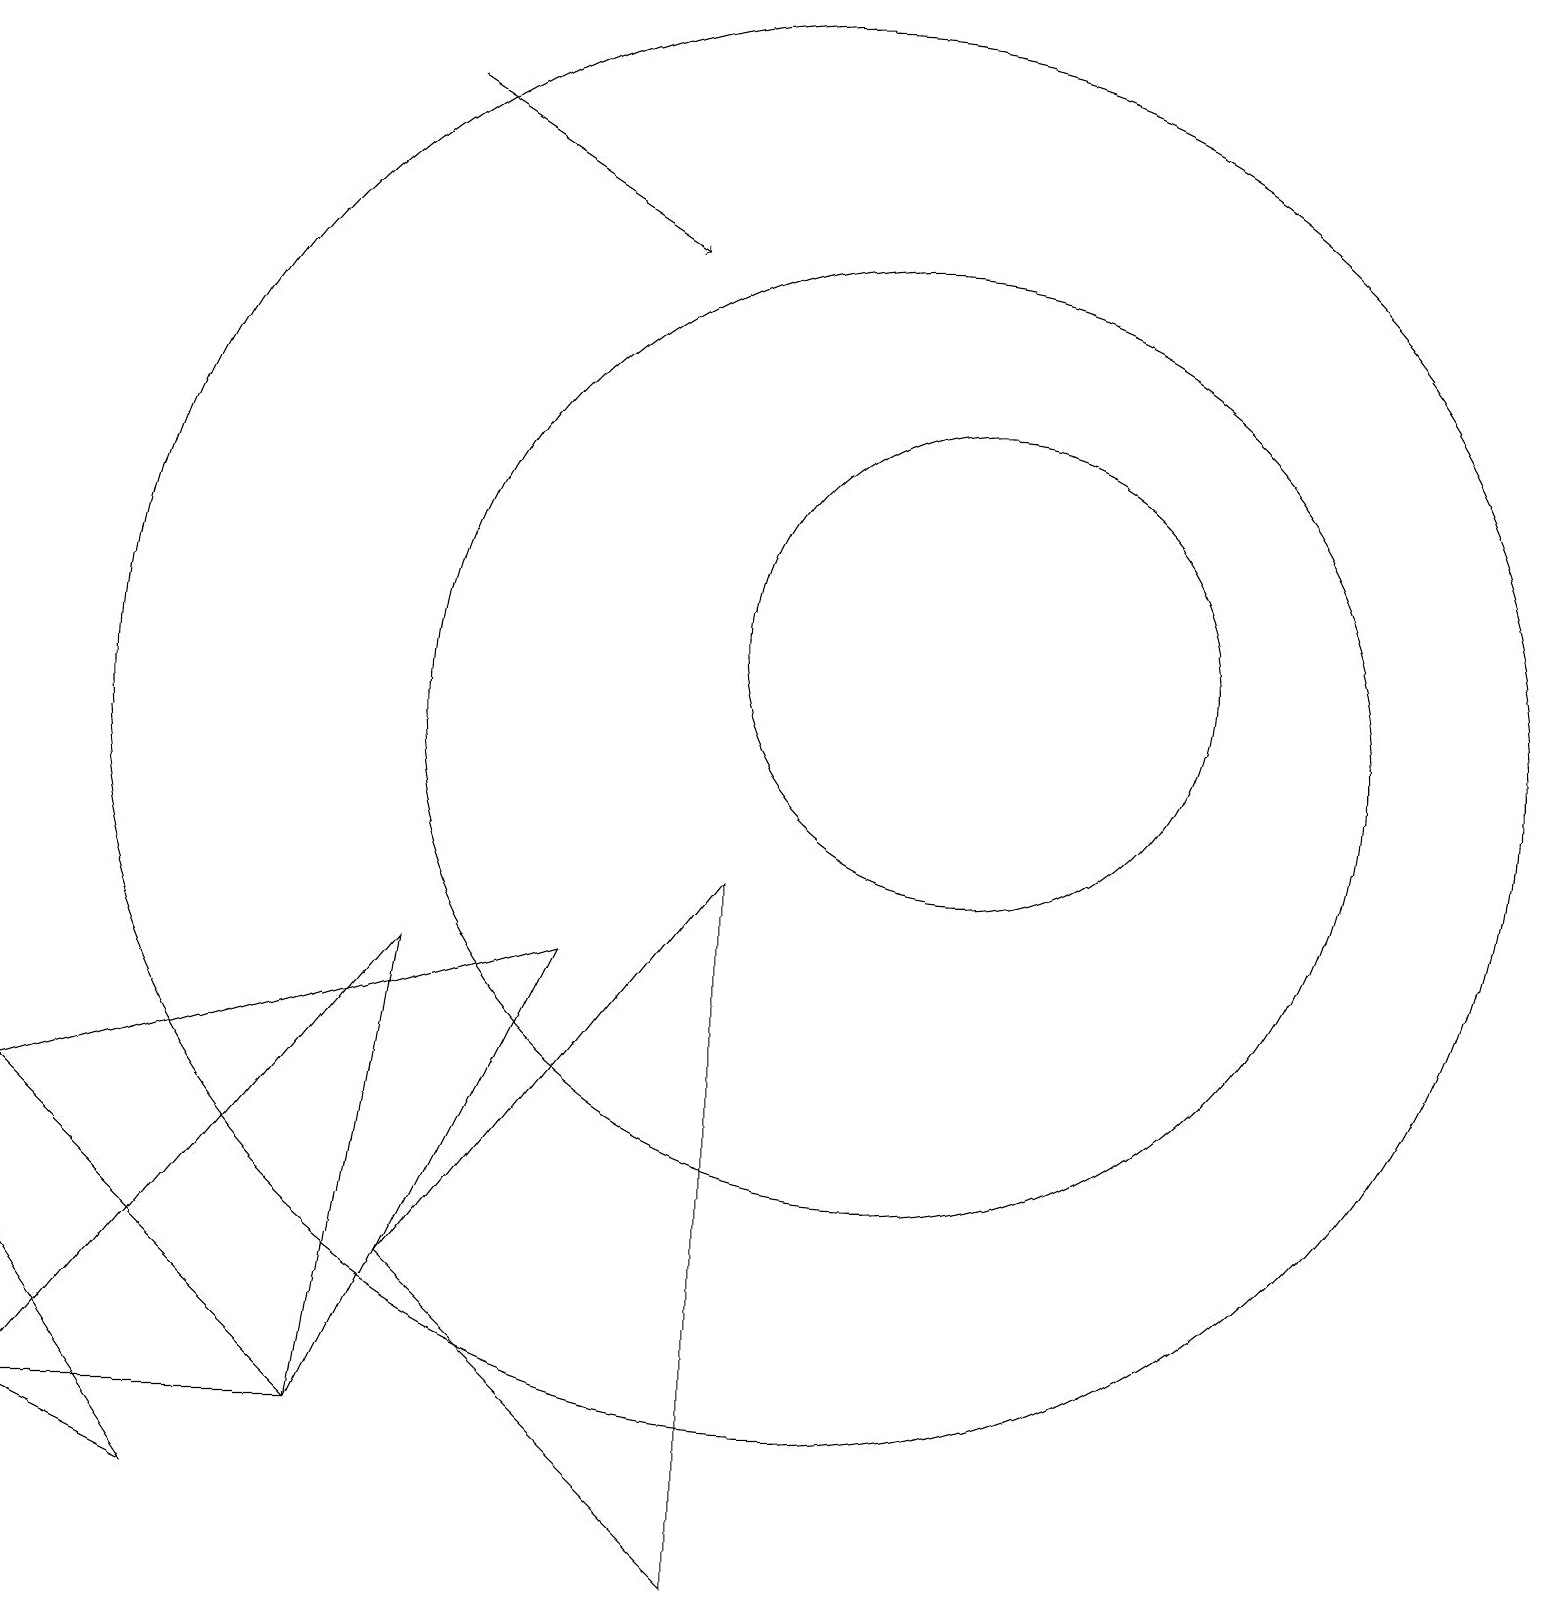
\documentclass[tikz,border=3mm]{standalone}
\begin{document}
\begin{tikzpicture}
\draw (12,12) circle (3);
\draw (11,11) circle (6);
\draw (7,8) -- (4,2) -- (0,6) -- cycle;
\draw[->] (5,19) -- (8,17);
\draw (9,0) -- (9,9) -- (5,4) -- cycle;
\draw (10,11) circle (9);
\draw (5,8) -- (0,2) -- (4,2) -- cycle;
\draw (0,2) -- (2,1) -- (0,4) -- cycle;
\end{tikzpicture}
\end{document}